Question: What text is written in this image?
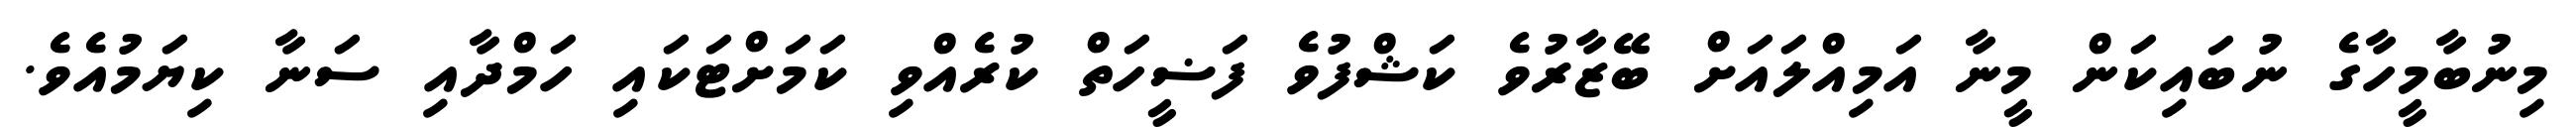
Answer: މިނުބާމީހާގެ ނުބައިކަން މީނާ އަމިއްލައަށް ބޭޒާރުވެ ކަޝްފުވެ ފަޟީހަތް ކުރެއްވި ކަމަށްޓަކައި ހަމްދާއި ސަނާ ކިޔަމުއެވެ.